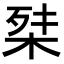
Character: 𭪕